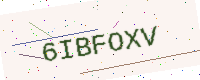
Text: 6IBFOXV